NAE_ERA_R-1665_Eesti_Kunstnike_Liit, lk 42
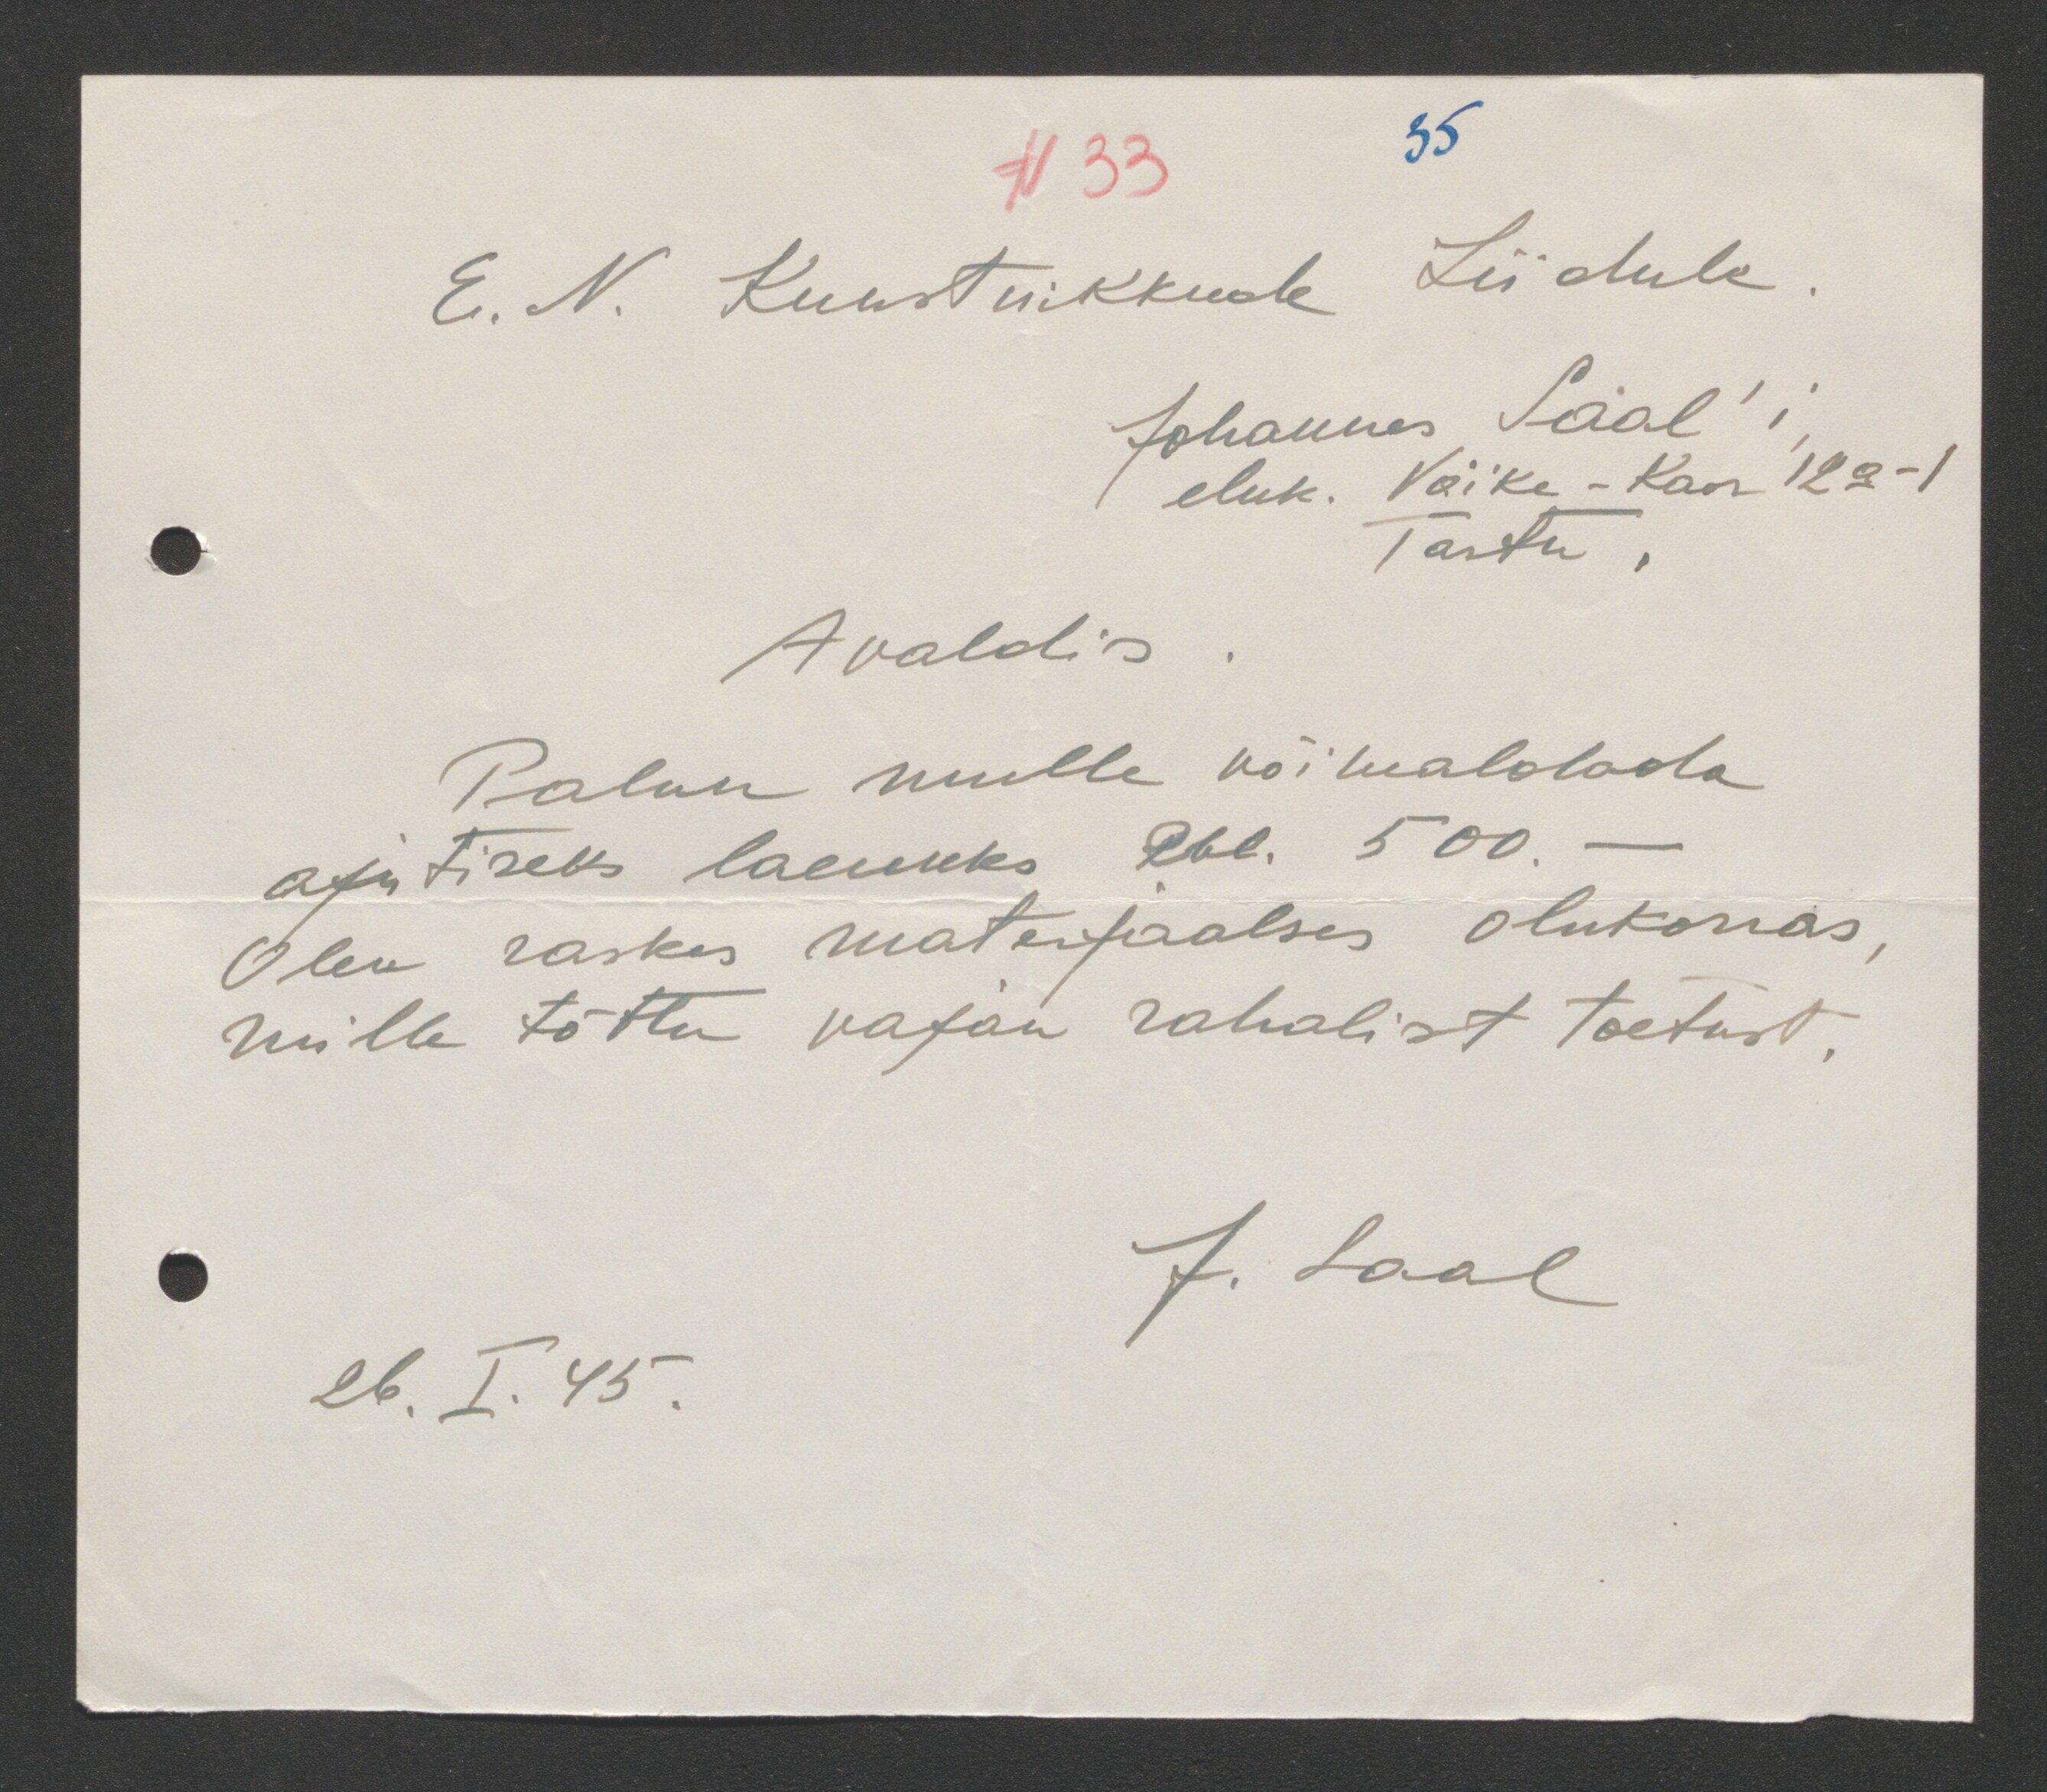
N 33
E. N. Kunstnikkude Liidule.
Johannes Saal´i,
eluk. Väike-Kaar 12a -1
Tartu,
Avaldis.
Palun mulle võimaldada
ajutiseks laenuks Rbl. 500. -
Olen raskes materjaalses olukorras,
mille tõttu vajan rahalist toetust.
J. Saal
26. I. 45.